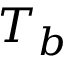
T _ { b }